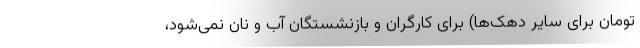
تومان برای سایر دهک‌ها) برای کارگران و بازنشستگان آب و نان نمی‌شود،